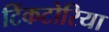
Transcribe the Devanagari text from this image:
टिंकटोरिया